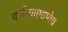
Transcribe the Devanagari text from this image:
वर्णनाप्रमाणेच